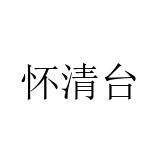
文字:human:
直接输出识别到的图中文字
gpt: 怀清台